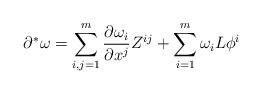
LaTeX: \begin{align*}\partial^*\omega = \sum_{i,j=1}^m \frac{\partial \omega_i}{\partial x^j}Z^{ij} + \sum_{i=1}^m \omega_iL\phi^i\end{align*}